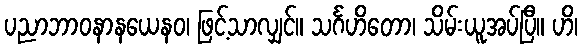
ပညာဘာဝနာနယေနဝ၊ ဖြင့်သာလျှင်။ သင်္ဂဟိတော၊ သိမ်းယူအပ်ပြီ။ ဟိ၊